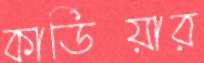
কার্ডিয়ার